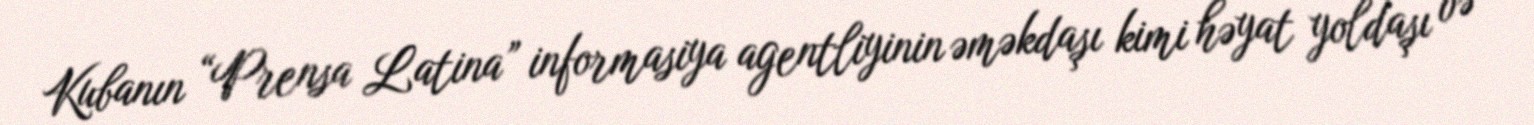
Kubanın “Prensa Latina” informasiya agentliyinin əməkdaşı kimi həyat yoldaşı və